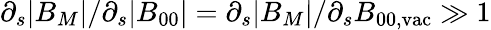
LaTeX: \partial_{s}|B_{M}|/\partial_{s}|B_{00}|=\partial_{s}|B_{M}|/\partial_{s}B_{00,\mathrm{vac}}\gg 1